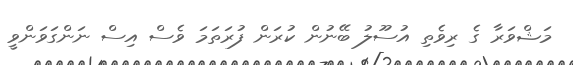
މަޝްވަރާ ގެ ރިވެތި އުސޫލު ބޭނުން ކުރަން ފުރަތަމަ ވެސް އިސް ނަންގަވަންވީ